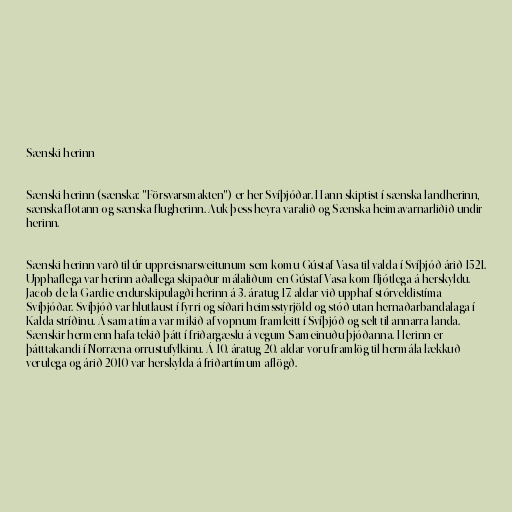
Sænski herinn

Sænski herinn (sænska: "Försvarsmakten") er her Svíþjóðar. Hann skiptist í sænska landherinn,
sænska flotann og sænska flugherinn. Auk þess heyra varalið og Sænska heimavarnarliðið undir
herinn.

Sænski herinn varð til úr uppreisnarsveitunum sem komu Gústaf Vasa til valda í Svíþjóð árið 1521.
Upphaflega var herinn aðallega skipaður málaliðum en Gústaf Vasa kom fljótlega á herskyldu.
Jacob de la Gardie endurskipulagði herinn á 3. áratug 17. aldar við upphaf stórveldistíma
Svíþjóðar. Svíþjóð var hlutlaust í fyrri og síðari heimsstyrjöld og stóð utan hernaðarbandalaga í
Kalda stríðinu. Á sama tíma var mikið af vopnum framleitt í Svíþjóð og selt til annarra landa.
Sænskir hermenn hafa tekið þátt í friðargæslu á vegum Sameinuðu þjóðanna. Herinn er
þátttakandi í Norræna orrustufylkinu. Á 10. áratug 20. aldar voru framlög til hermála lækkuð
verulega og árið 2010 var herskylda á friðartímum aflögð.